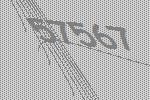
57567